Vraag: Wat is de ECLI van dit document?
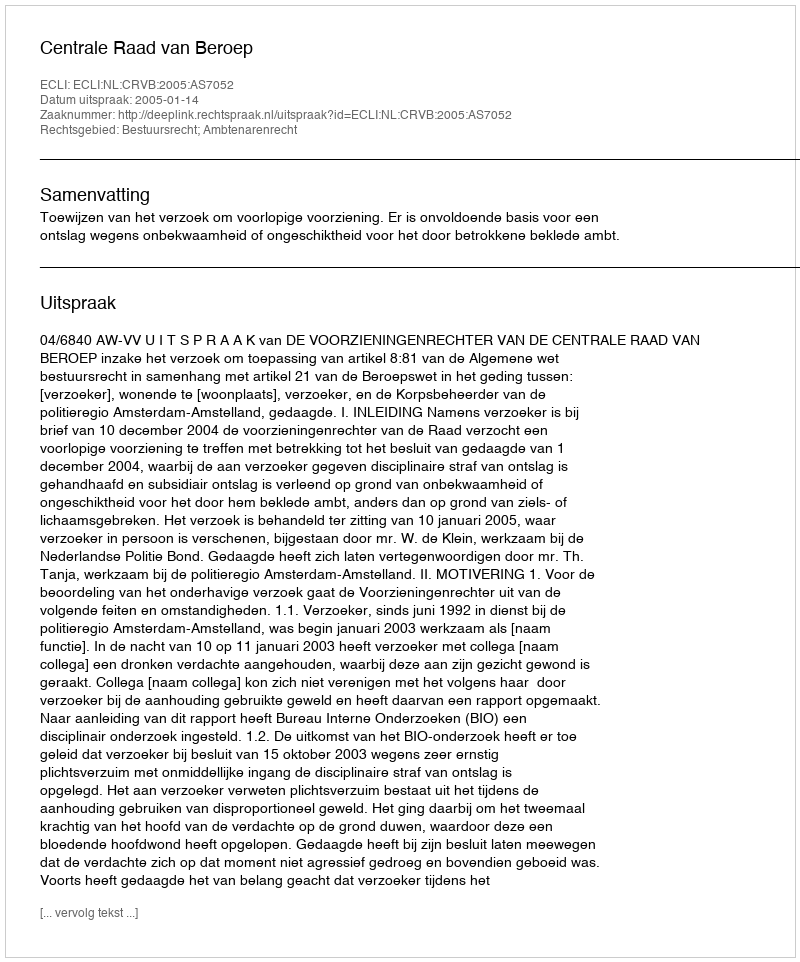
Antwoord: ECLI:NL:CRVB:2005:AS7052